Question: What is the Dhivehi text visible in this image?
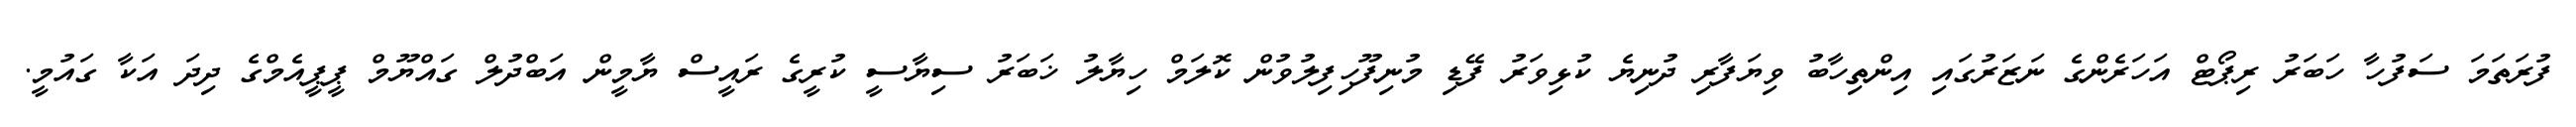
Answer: ފުރަތަމަ ސަފުހާ ހަބަރު ރިޕޯޓް އަހަރެންގެ ނަޒަރުގައި އިންތިހާބު ވިޔަފާރި ދުނިޔެ ކުޅިވަރު ފޭޑި މުނިފޫހިފިލުވުން ކޮލަމް ހިޔާލު ޚަބަރު ސިޔާސީ ކުރީގެ ރައީސް ޔާމީން އަބްދުލް ގައްޔޫމް ޕީޕީއެމްގެ ދިދަ އަކާ ގައުމީ.